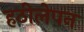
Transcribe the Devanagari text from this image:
हठीलेपन